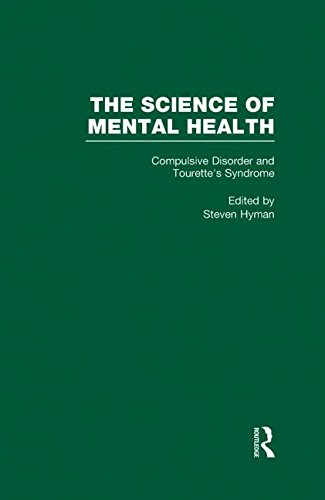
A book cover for Compulsive Disorder and Tourette's Syndrome (The Science of Mental Health, Vol 8); Health, Fitness & Dieting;